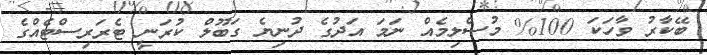
ބޭކާރު ވާހަކަ 100% މުސްލިމެއް ނަމަ އަދުގެ ދުނިޔެ ގަބޫލް ކުރަނީ ޓެރަރިސްޓެއްގެ